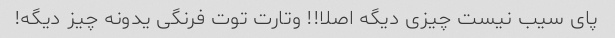
پاى سیب نیست چیزى دیگه اصلا!! وتارت توت فرنگى یدونه چیز دیگه!